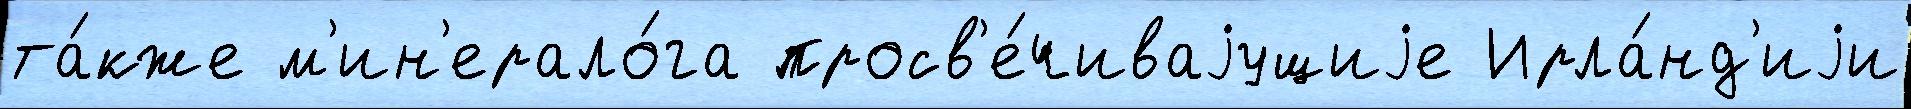
та́кже м'ин'ерало́га просв'е́чиваjущиjе Ирла́нд'иjи